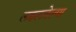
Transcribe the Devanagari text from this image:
लढलवेल्या